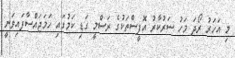
މި އަހަރު ރޯދަ މަހު ސަރުކާރު އޮފީސްތަކުގެ ރަސްމީ ގަޑި ކަމުގައި ހަމަޖައްސާފައިވަނީ